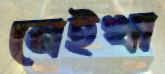
নেইখা